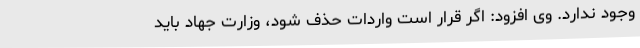
وجود ندارد. وی افزود: اگر قرار است واردات حذف شود، وزارت جهاد باید